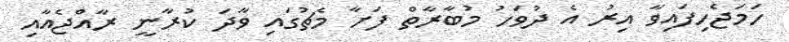
ހަމަޖެހިފައިވާ އިރު އެ ދުވަހު މުބާރާތް ފަށާ މެޗުގައި ވާދަ ކުރާނީ ރާއްޖެއާއި